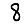
Digit: 8